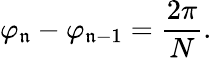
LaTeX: \varphi_{\mathfrak{n}}-\varphi_{\mathfrak{n}-1}={\frac{{2\pi}}{{N}}}.